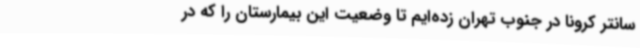
سانتر کرونا در جنوب تهران زده‌ایم تا وضعیت این بیمارستان را که در